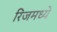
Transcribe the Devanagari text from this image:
रिजमध्ये